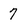
Character: 7